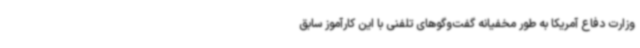
وزارت دفاع آمریکا به طور مخفیانه گفت‌وگوهای تلفنی با این کارآموز سابق